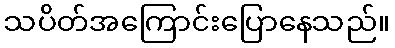
သပိတ်အကြောင်းပြောနေသည်။